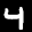
Label: 4